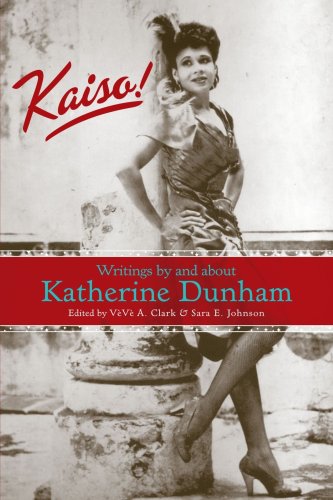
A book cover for Kaiso!: Writings by and about Katherine Dunham (Studies in Dance History); Biographies & Memoirs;